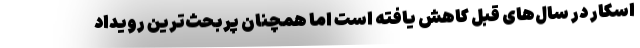
اسکار در سال‌های قبل کاهش یافته است اما همچنان پربحث‌ترین رویداد